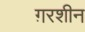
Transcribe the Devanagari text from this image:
ग़रशीन